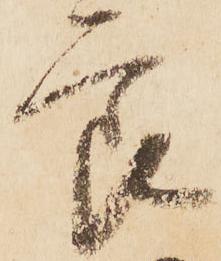
節